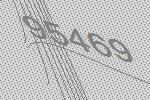
95469